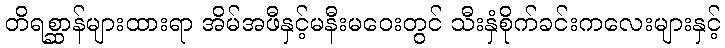
တိရစ္ဆာန်များထားရာ အိမ်အဖီနှင့်မနီးမဝေးတွင် သီးနှံစိုက်ခင်းကလေးများနှင့်